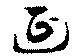
延